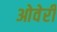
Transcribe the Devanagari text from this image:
ओवेर्री